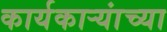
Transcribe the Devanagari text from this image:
कार्यकाऱ्यांच्या